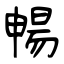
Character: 暢